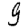
Digit: 9